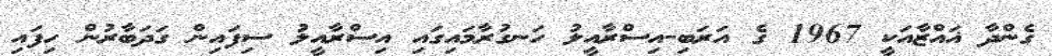
ގެންދާ ޣައްޒާއަކީ 1967 ގެ އަރަބި-އިސްރާއީލު ހަނގުރާމައިގައި އިސްރާއީލު ސިފައިން ގަދަބާރުން ހިފައި